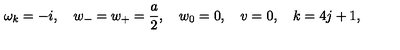
\omega _ { k } = - i , \quad w _ { - } = w _ { + } = \frac a 2 , \quad w _ { 0 } = 0 , \quad v = 0 , \quad k = 4 j + 1 ,